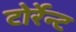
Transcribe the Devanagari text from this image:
टोर्रेन्ट